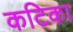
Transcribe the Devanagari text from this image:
कटिका